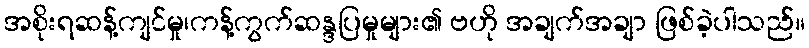
အစိုးရဆန့်ကျင်မှု၊ကန့်ကွက်ဆန္ဒပြမှုများ၏ ဗဟို အချက်အချာ ဖြစ်ခဲ့ပါသည်။